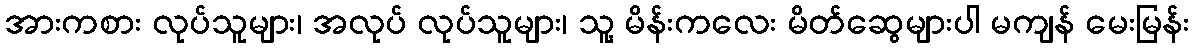
အားကစား လုပ်သူများ၊ အလုပ် လုပ်သူများ၊ သူ့ မိန်းကလေး မိတ်ဆွေများပါ မကျန် မေးမြန်း